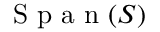
\mathrm { ~ S ~ p ~ a ~ n ~ } ( S )